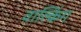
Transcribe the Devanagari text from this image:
वाल्किंग